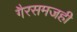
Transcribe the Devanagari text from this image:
गैरसमजही